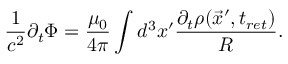
\frac { 1 } { c ^ { 2 } } \partial _ { t } \Phi = \frac { \mu _ { 0 } } { 4 \pi } \int d ^ { 3 } x ^ { \prime } \frac { \partial _ { t } \rho ( \vec { x } ^ { \prime } , t _ { r e t } ) } { R } .